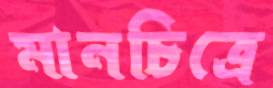
মানচিত্রে